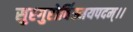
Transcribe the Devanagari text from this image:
सुरगुरोर्विस्मयपदम्।।